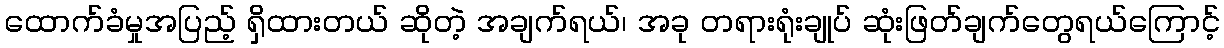
ထောက်ခံမှုအပြည့် ရှိထားတယ် ဆိုတဲ့ အချက်ရယ်၊ အခု တရားရုံးချုပ် ဆုံးဖြတ်ချက်တွေရယ်ကြောင့်